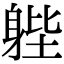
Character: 𨉉